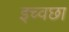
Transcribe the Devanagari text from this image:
इच्वछा